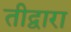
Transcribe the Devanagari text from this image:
तीद्वारा